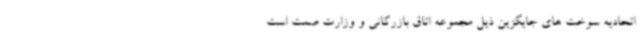
اتحادیه سوخت های جایگزین ذیل مجموعه اتاق بازرگانی و وزارت صمت است